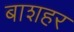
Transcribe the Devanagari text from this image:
बाशहर